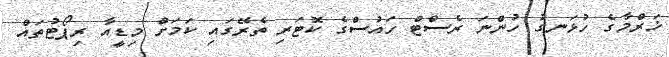
ޚަރްމާގެ ހުޅަނގު ހުންނަ ރެސްޓް ހައުސްގެ ކޮޓަރި ތެރޭގައި ކަމަށް މިޑީއާ ރިޕޯޓުތައް